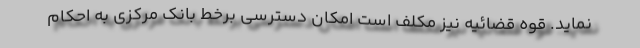
نماید. قوه قضائیه نیز مکلف است امکان دسترسی برخط بانک مرکزی به احکام